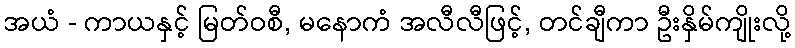
အယံ - ကာယနှင့် မြတ်ဝစီ, မနောကံ အလီလီဖြင့်, တင်ချီကာ ဦးနှိမ်ကျိုးလို့